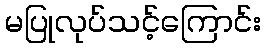
မပြုလုပ်သင့်ကြောင်း